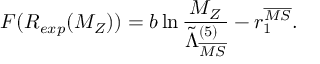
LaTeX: F ( R _ { e x p } ( M _ { Z } ) ) = b \ln \frac { M _ { Z } } { \tilde { \Lambda } _ { \overline { { { M S } } } } ^ { ( 5 ) } } - r _ { 1 } ^ { \overline { { { M S } } } } .